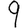
Digit: 9